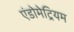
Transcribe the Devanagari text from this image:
एंडोमेट्रियम